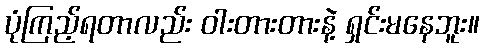
ပုံကြည့်ရတာလည်း ဝါးတားတားနဲ့ ရှင်းမနေဘူး။